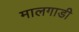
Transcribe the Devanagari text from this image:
मालगाडी